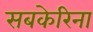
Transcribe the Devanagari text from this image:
सबकेरिना